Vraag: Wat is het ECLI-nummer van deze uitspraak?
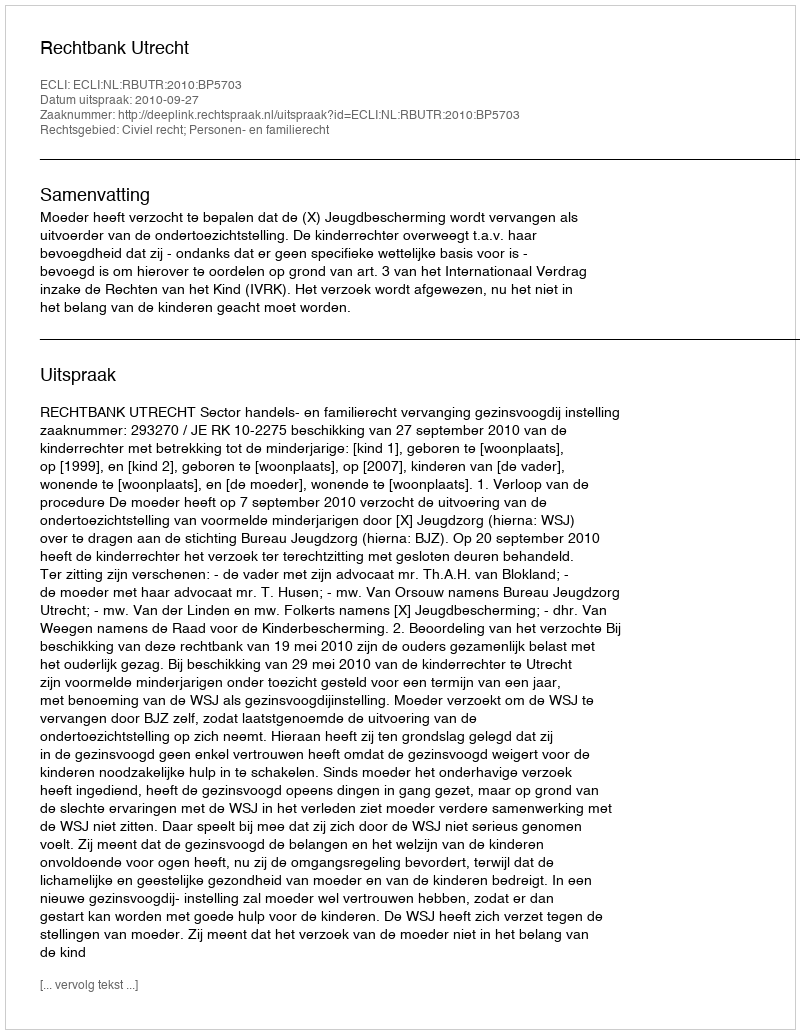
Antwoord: ECLI:NL:RBUTR:2010:BP5703